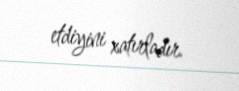
etdiyini xatırladır.